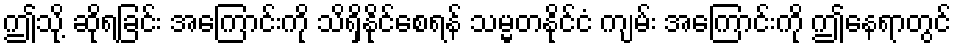
ဤသို့ ဆိုရခြင်း အကြောင်းကို သိရှိနိုင်စေရန် သမ္မတနိုင်ငံ ကျမ်း အကြောင်းကို ဤနေရာတွင်